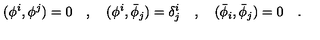
( \phi ^ { i } , \phi ^ { j } ) = 0 \quad , \quad ( \phi ^ { i } , { \bar { \phi } } _ { j } ) = \delta _ { j } ^ { i } \quad , \quad ( { \bar { \phi } } _ { i } , { \bar { \phi } } _ { j } ) = 0 \quad .